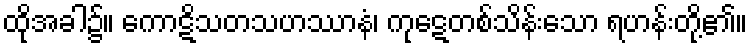
ထိုအခါ၌။ ကောဋိသတသဟဿာနံ၊ ကုဋေတစ်သိန်းသော ရဟန်းတို့၏။